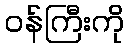
ဝန်ကြီးကို